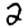
Digit: 2